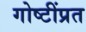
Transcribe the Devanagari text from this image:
गोष्टींप्रत